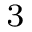
^ 3